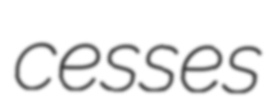
cesses